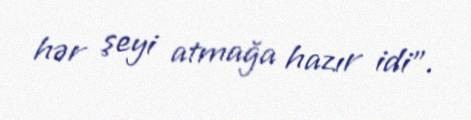
hər şeyi atmağa hazır idi".